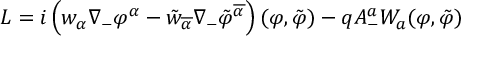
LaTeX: L = i \left( w _ { \alpha } \nabla _ { - } \varphi ^ { \alpha } - \tilde { w } _ { \overline { { { \alpha } } } } \nabla _ { - } \tilde { \varphi } ^ { \overline { { { \alpha } } } } \right) ( \varphi , \tilde { \varphi } ) - q A _ { - } ^ { a } { W } _ { a } ( \varphi , \tilde { \varphi } )